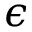
\epsilon